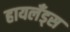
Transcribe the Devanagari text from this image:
हायलँड्स